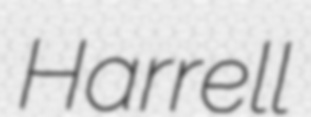
Harrell